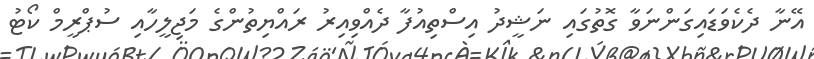
އޭނާ ދެކެވަޑައިގަންނަވާ ގޮތުގައި ނަޝީދު އިސްތިއުފާ ދެއްވިއިރު ރައްޔިތުންގެ މަޖިލީހާއި ސުޕްރީމް ކޯޓު